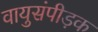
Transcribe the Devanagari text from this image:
वायुसंपीड़क